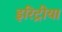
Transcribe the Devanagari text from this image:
इरिट्रीया